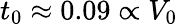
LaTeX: t_{0}\approx 0.09\propto V_{0}